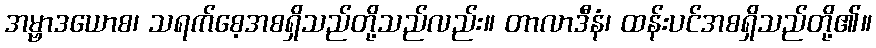
အမ္ဗာဒယောစ၊ သရက်စေ့အစရှိသည်တို့သည်လည်း။ တာလာဒီနံ၊ ထန်းပင်အစရှိသည်တို့၏။